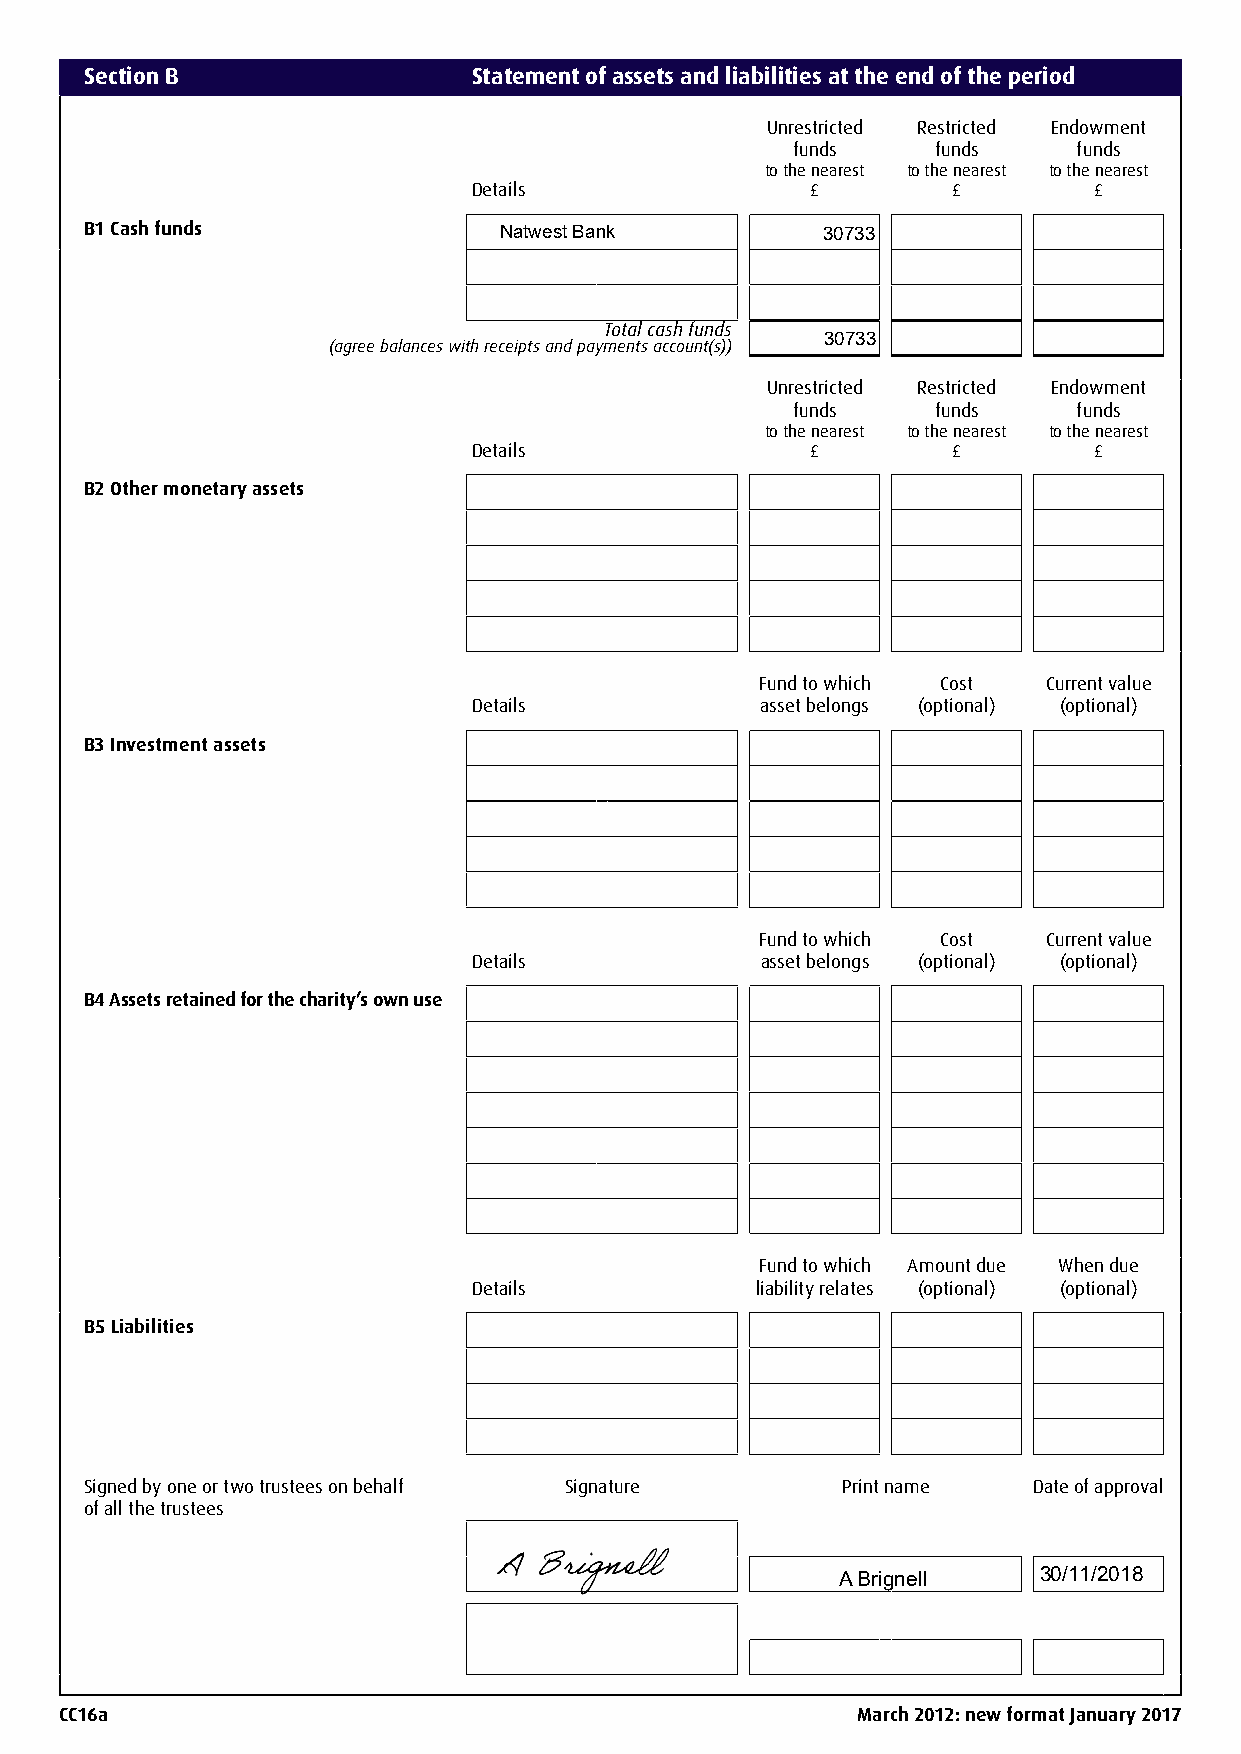
Section B                Statement of assets and liabilities at the end of the period
 Unrestricted Restricted Endowment
 funds     funds    funds
 to the nearest to the nearest to the nearest
 Details                £        £        £
 B1 Cash funds              Natwest Bank         30733
 Total cash funds
 30733
 (agree balances with receipts and payments account(s))
 Unrestricted Restricted Endowment
 funds     funds    funds
 to the nearest to the nearest to the nearest
 Details                £        £        £
 B2 Other monetary assets
 Fund to which Cost Current value
 Details            asset belongs (optional) (optional)
 B3 Investment assets
 Fund to which Cost Current value
 Details            asset belongs (optional) (optional)
 B4 Assets retained for the charity’s own use
 Fund to which Amount due When due
 Details            liability relates (optional) (optional)
 B5 Liabilities
 Signed by one or two trustees on behalf Signature Print name  Date of approval
 of all the trustees
 A Brignell    30/11/2018
 CC16a                                                March 2012: new format January 2017